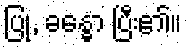
ပြု, ခန္ဓော ပြီး၏။